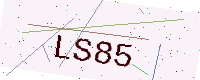
Text: LS85